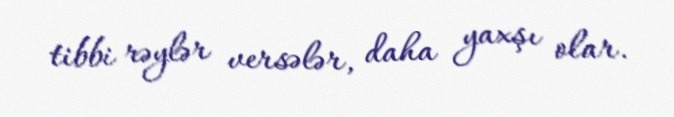
tibbi rəylər versələr, daha yaxşı olar.